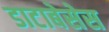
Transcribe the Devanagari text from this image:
डाटाबेसेस